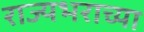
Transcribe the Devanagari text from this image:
राज्यभराच्या